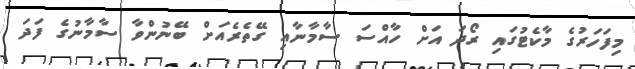
މިފަހަރުގެ މާކެޓުގައި ރޯދަ އަށް ހާއްސަ ސާމާނާއި ގޭތެރެއަށް ބޭނުންވާ ސާމާނުގެ ފަދަ